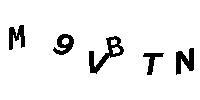
M9VBTN